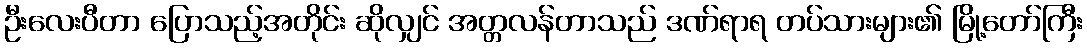
ဦးလေးပီတာ ပြောသည့်အတိုင်း ဆိုလျှင် အတ္တလန်တာသည် ဒဏ်ရာရ တပ်သားများ၏ မြို့တော်ကြီး